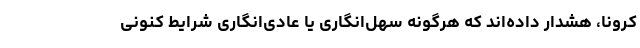
کرونا، هشدار داده‌اند که هرگونه سهل‌انگاری یا عادی‌انگاری شرایط کنونی